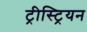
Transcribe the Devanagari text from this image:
ट्रीस्ट्रियन